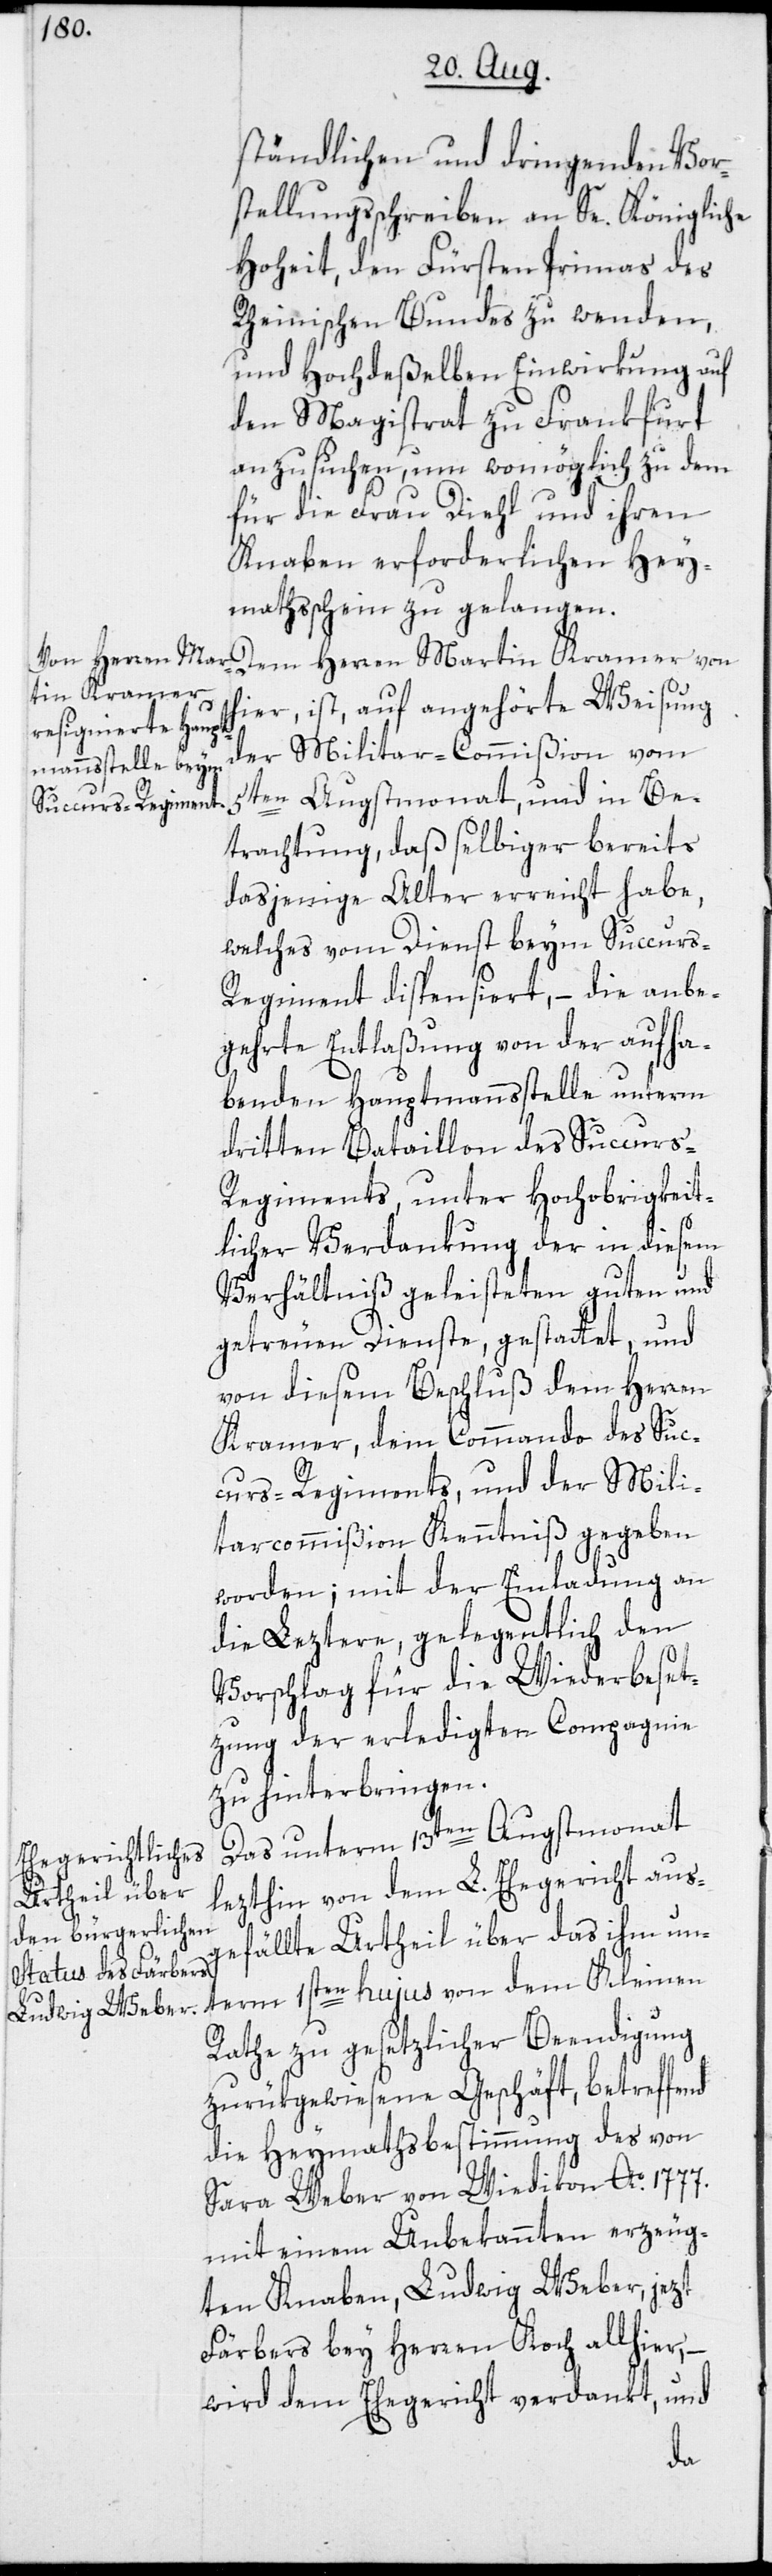
ständlichen und dringenden Vor¬
stellungsschreiben an Se. Königliche
Hoheit, den Fürsten Primas des
Rheinischen Bundes zu wenden,
und Hochdeßelben Einwirkung auf
den Magistrat zu Frankfurt
anzusuchen, um womöglich zu dem
für die Frau Diehl und ihren
Knaben erforderlichen Hey¬
mathsschein zu gelangen.
Dem Herren Martin Kramer von
hier, ist, auf angehörte Weisung
der Militar-Commißion vom
5ten Augstmonat, und in Be¬
trachtung, daß selbiger bereits
dasjenige Alter erreicht habe,
welches vom Dienst beym Succurs-R¬
egiment dispensiert, – die anbe¬
gehrte Entlaßung von der aufha¬
benden Hauptmannsstelle unterm
dritten Bataillon des Succurs-R¬
egiments, unter Hochobrigkeit¬
licher Verdankung der in diesem
Verhältniß geleisteten guten und
getreuen Dienste, gestattet, und
von diesem Beschluß dem Herren
Kramer, dem Commando des Suc¬
curs-Regiments, und der Mili¬
tarcommißion Kenntniß gegeben
worden; mit der Einladung an
die Leztere, gelegentlich den
Vorschlag für die Wiederbeset¬
zung der erledigten Compagnie
zu hinterbringen.
Das unterm 13ten Augstmonat
lezthin von dem L. Ehegericht aus¬
gefällte Urtheil über das ihm un¬
term 1sten hujus von dem Kleinen
Rathe zu gesetzlicher Beendigung
zurükgewiesene Geschäft, betreffend
die Heymathsbestimmung des von
Sara Weber von Wiedikon Ao 1777.
mit einem Unbekannten erzeug¬
ten Knaben, Ludwig Weber, jezt
Färbers bey Herren Koch allhier, –
wird dem Ehegericht verdankt, und